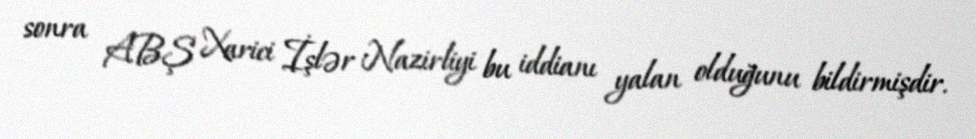
sonra ABŞ Xarici İşlər Nazirliyi bu iddianı yalan olduğunu bildirmişdir.